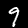
Digit: 9